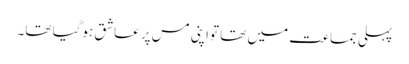
پہلی جماعت میں تھا تواپنی مس پر عاشق ہوگیا تھا۔